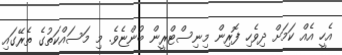
އެހީ އެއް ކަމަށް ދިވެހި ފޮރިން މިނިސްޓްރީން ބުންޏެވެ. މި މަސައްކަތުގެ ތެރޭގައި